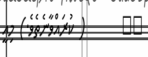
٣٨       ( ކުރައްވާނެތެވެ.) މިއީ